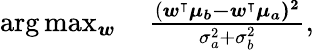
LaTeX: \begin{array}{r}{\arg\operatorname*{max}_{\boldsymbol{w}}\quad\frac{(\boldsymbol{w^{\intercal}\mu_{b}-\boldsymbol{w^{\intercal}\mu_{a})}^{2}}}{\sigma_{a}^{2}+\sigma_{b}^{2}},}\end{array}